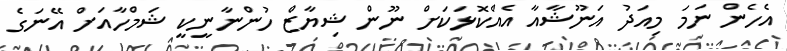
އެހެން ނަމަ މިއަދު އަނޫޝާއާ އެއްކޮޅަކަށް ނޫން ޝިޔާޒް ހުންނާނީކީ ޝަމްހާއަށް އޭނަގެ